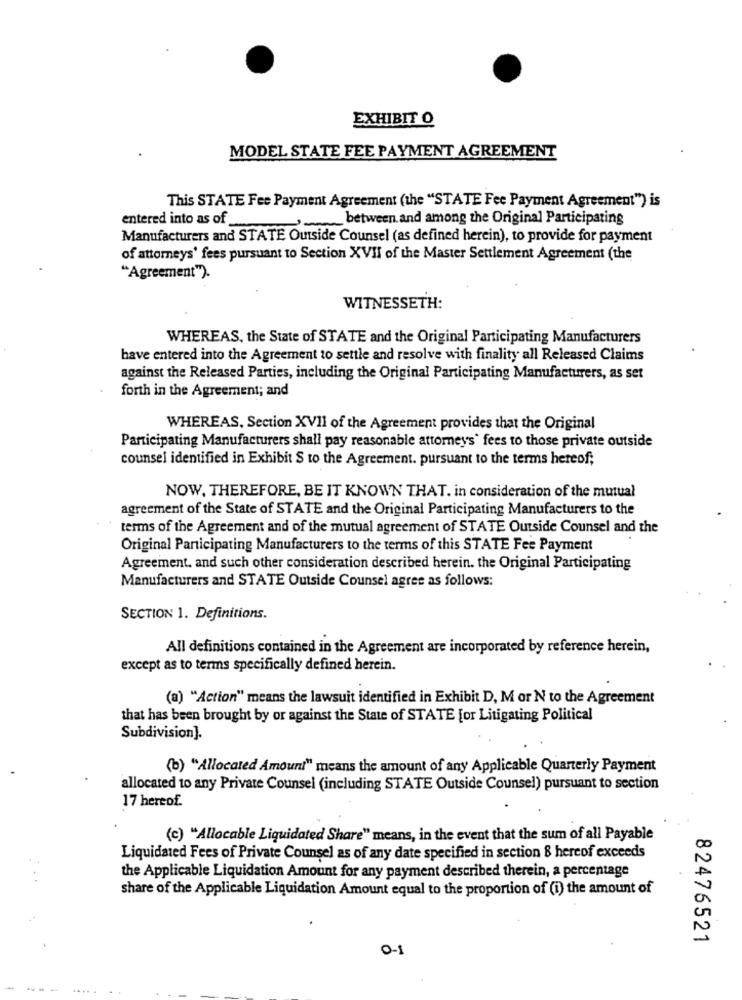
EXHIBIT O
MODEL STATE FEE PAYMENT AGREEMENT
This STATE Fee Payment Agreement (the "STATE Fee Payment Agreement") is
entered into as of
between and among the Original Participating
Manufacturers and STATE Outside Counsel (as defined herein), to provide for payment
of attorneys' fees pursuant to Section XVII of the Master Settlement Agreement (the
"Agreement").
WITNESSETH:
WHEREAS, the State of STATE and the Original Participating Manufacturers
have entered into the Agreement to settle and resolve with finality all Released Claims
against the Released Parties, including the Original Participating Manufacturers, as set
forth in the Agreement; and
WHEREAS, Section XVII of the Agreement provides that the Original
Participating Manufacturers shall pay reasonable attorneys' fees to those private outside
counsel identified in Exhibit S to the Agreement. pursuant to the terms hereof;
NOW, THEREFORE, BE IT KNOWN THAT. in consideration of the mutual
agreement of the State of STATE and the Original Participating Manufacturers to the
terms of the Agreement and of the mutual agreement of STATE Outside Counsel and the
Original Participating Manufacturers to the terms of this STATE Fee Payment
Agreement. and such other consideration described herein. the Original Participating
Manufacturers and STATE Outside Counsel agree as follows:
SECTION 1. Definitions.
All definitions contained in the Agreement are incorporated by reference herein,
except as to terms specifically defined herein.
(a) "Action" means the lawsuit identified in Exhibit D, M or N to the Agreement
that has been brought by or against the State of STATE [or Litigating Political
Subdivision].
(b) "Allocated Amount" means the amount of any Applicable Quarterly Payment
allocated to any Private Counsel (including STATE Outside Counsel) pursuant to section
17 hereof.
(c) "Allocable Liquidated Share" means, in the event that the sum of all Payable
Liquidated Fees of Private Counsel as of any date specified in section & hereof exceeds
the Applicable Liquidation Amount for any payment described therein, a percentage
share of the Applicable Liquidation Amount equal to the proportion of (i) the amount of
82476521
0-1
.....